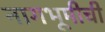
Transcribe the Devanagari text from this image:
नागभूमीची